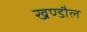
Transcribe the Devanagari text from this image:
खण्डौल